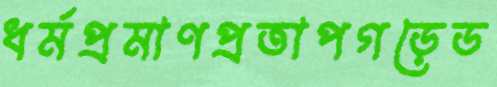
ধর্মপ্রমাণপ্রতাপগড়েড